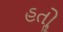
હતોૢ